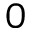
0